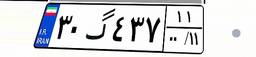
۳۰گ۴۳۷۱۱